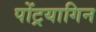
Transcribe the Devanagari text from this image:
पोंट्रयागिन